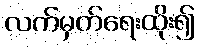
လက်မှတ်ရေးထိုး၍